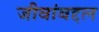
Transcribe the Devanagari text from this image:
जीवांबद्दल